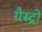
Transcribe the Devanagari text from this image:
गैस्‍ट्रो